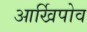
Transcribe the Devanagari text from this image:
आर्खिपोव